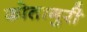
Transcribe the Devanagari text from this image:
कोतागुरी